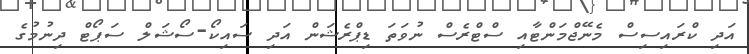
އަދި ކްރައިސިސް މެނޭޖްމަންޓާއި ސްޓްރެސް ނުވަތަ ޑިޕްރެޝަން އަދި ސައިކޯ-ސޯޝަލް ސަޕޯޓް ދިނުމުގެ